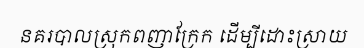
នគរបាលស្រុកពញាក្រែក ដើម្បីដោះស្រាយ